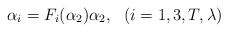
\begin{align*}\alpha_{i}=F_{i}(\alpha_{2})\alpha_{2},~~(i=1,3,T,\lambda)\end{align*}